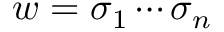
w = \sigma _ { 1 } \cdots \sigma _ { n }